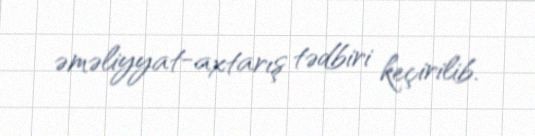
əməliyyat-axtarış tədbiri keçirilib.